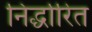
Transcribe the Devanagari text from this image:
निर्द्धारित